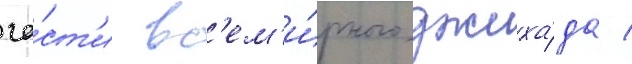
ча́ст'и вс'ем'и́рного джиха́да /